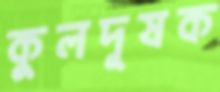
কুলদূষক